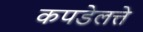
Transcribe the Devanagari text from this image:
कपडेलत्ते